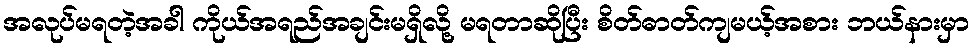
အလုပ်မရတဲ့အခါ ကိုယ်အရည်အချင်းမရှိလို့ မရတာဆိုပြီး စိတ်ဓာတ်ကျမယ့်အစား ဘယ်နားမှာ